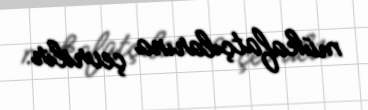
mükafatçılarına çevrilir.